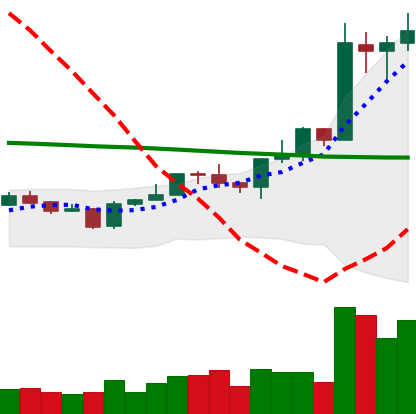
Ticker: EOS-USD
Chart end date: 2020-01-17
Forward return: -6.944%
Label: down_5_7